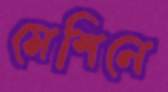
মেশিনে